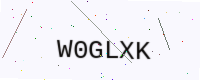
Text: W0GLXK